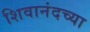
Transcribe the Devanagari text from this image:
शिवानंदच्या